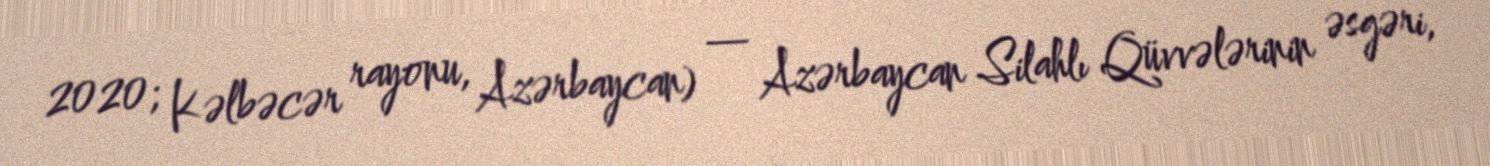
2020; Kəlbəcər rayonu, Azərbaycan) — Azərbaycan Silahlı Qüvvələrinin əsgəri,